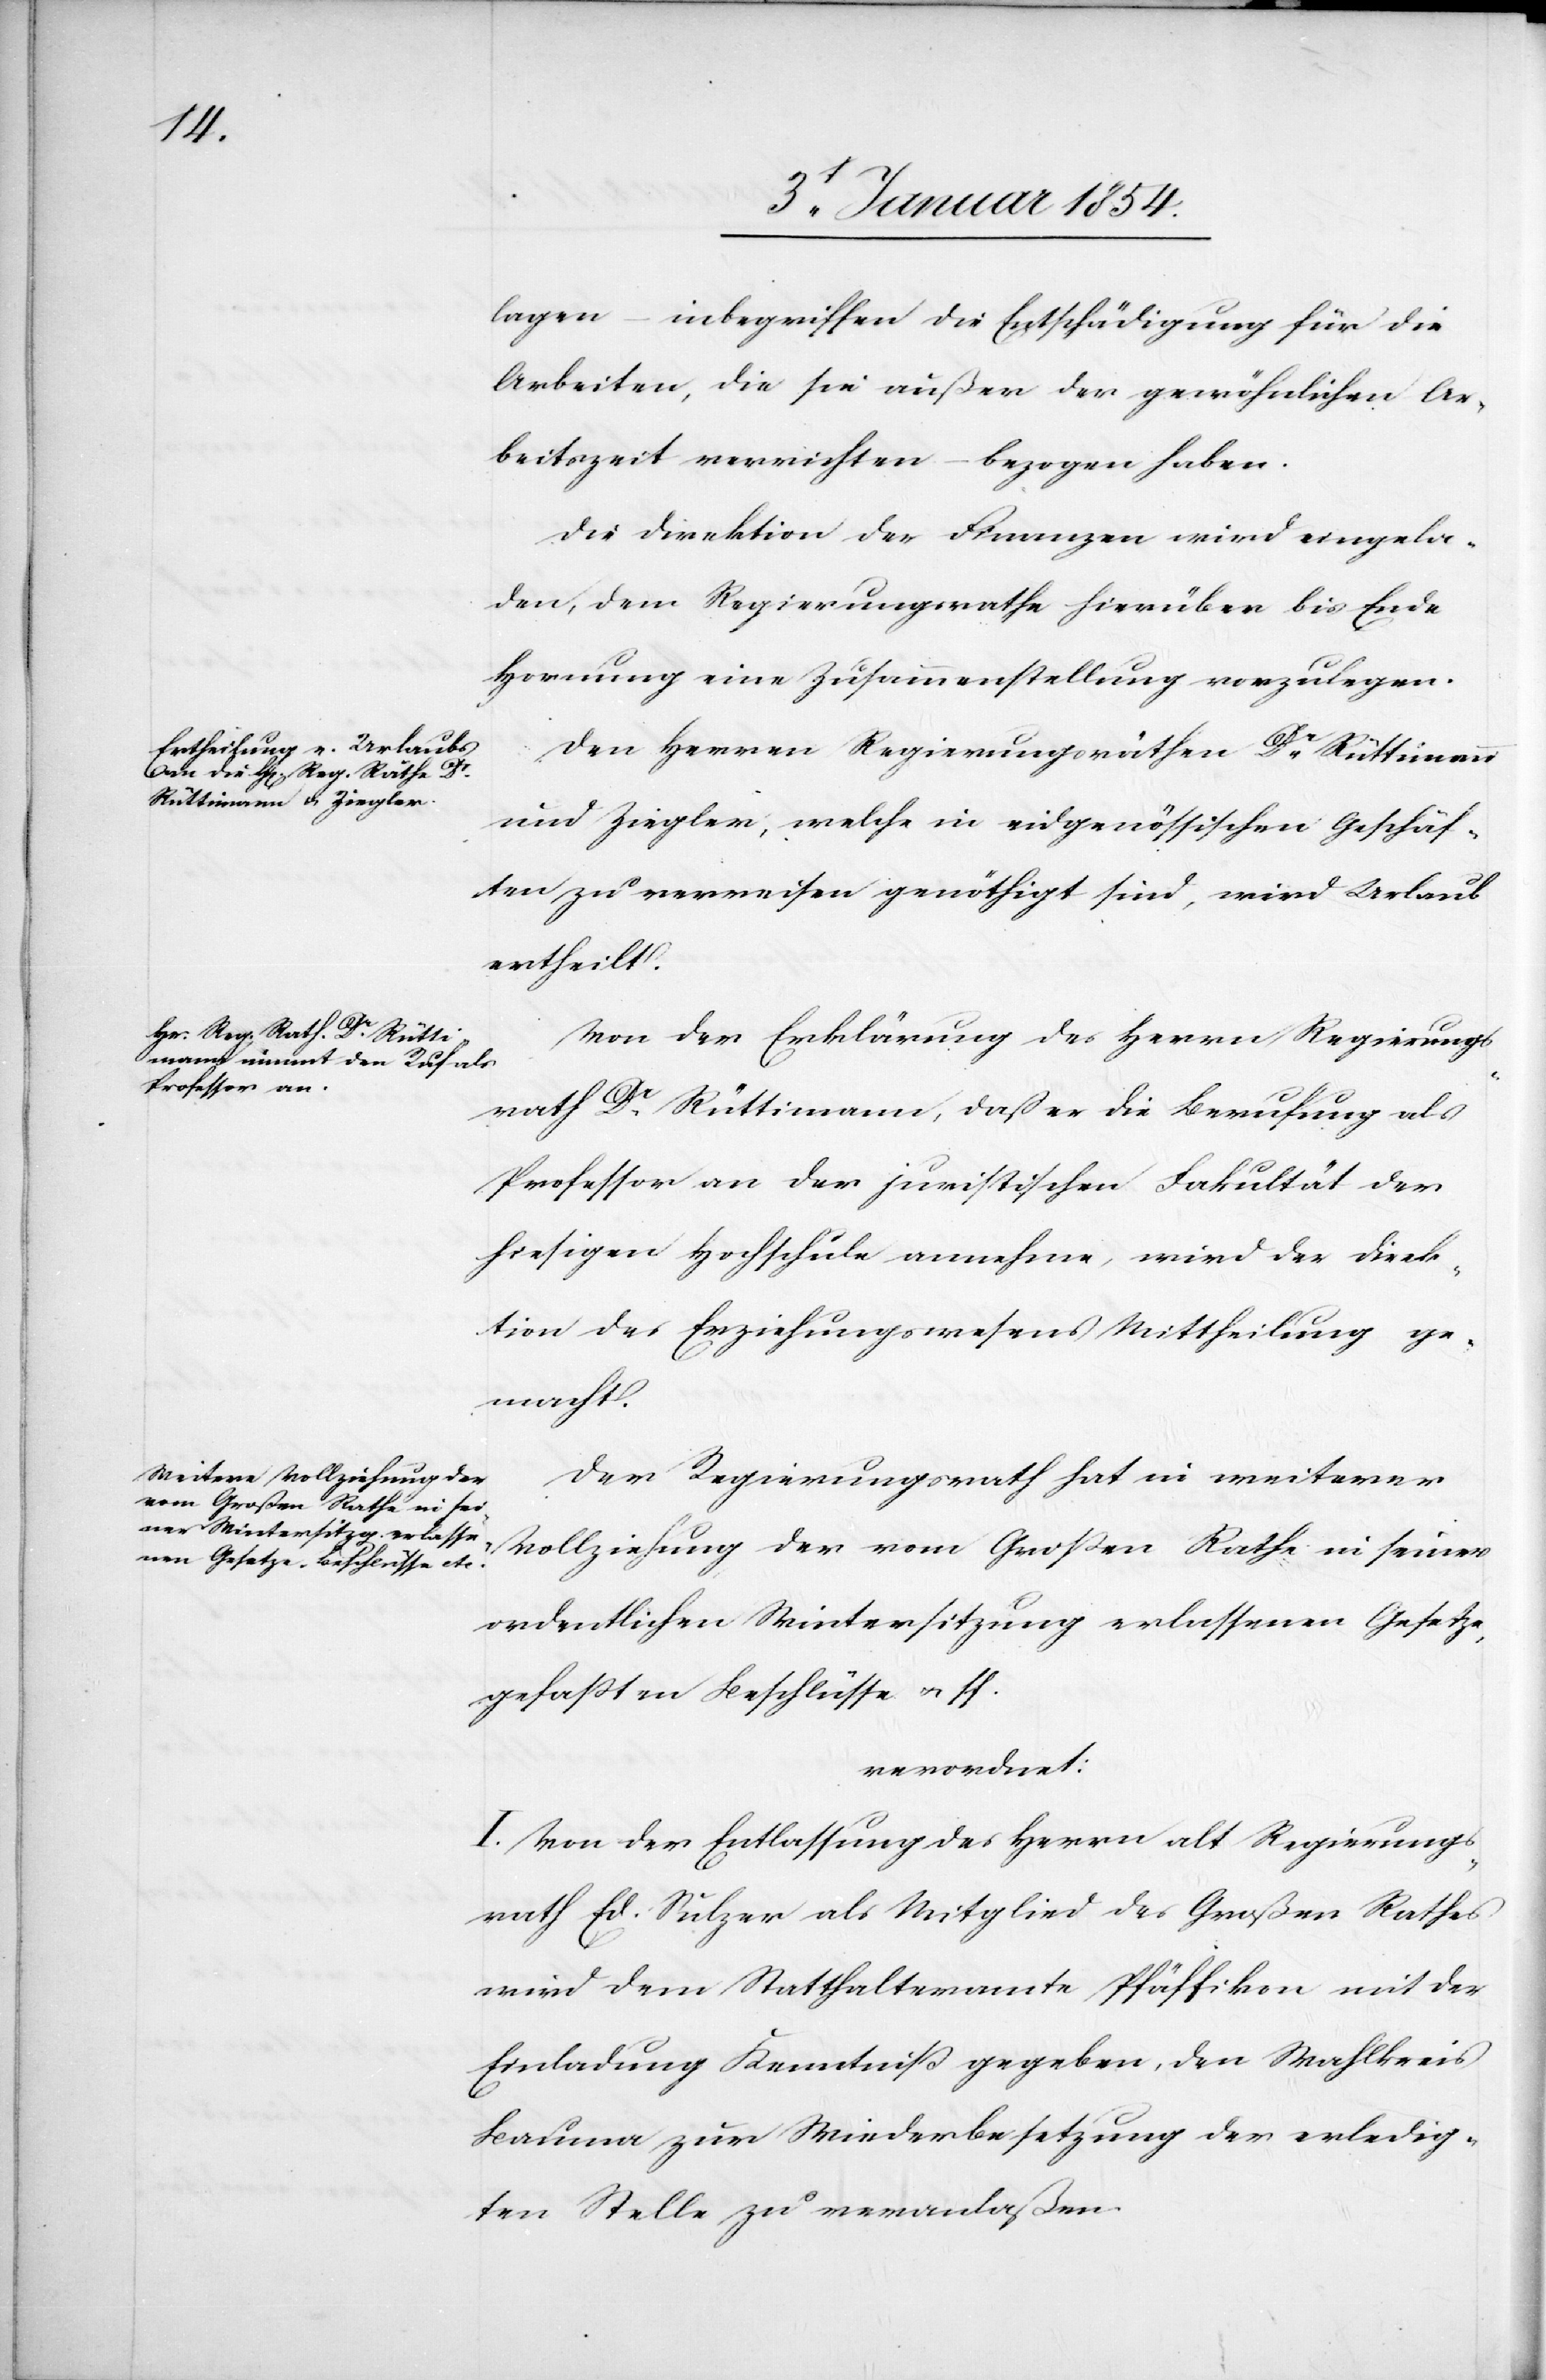
lagen – inbegriffen die Entschädigung für die
Arbeiten, die sie außer der gewöhnlichen Ar¬
beitszeit verrichten – bezogen haben.
Die Direktion der Finanzen wird eingela¬
den, dem Regierungsrathe hierüber bis Ende
Hornung eine Zusammenstellung vorzulegen.
Den Herren Regierungsräthen Dr. Rüttimann
und Ziegler, welche in eidgenössischen Geschäf¬
ten zu verreisen genöthigt sind, wird Urlaub
ertheilt.
Von der Erklärung des Herrn Regierungs¬
rath Dr. Rüttimann, daß er die Berufung als
Professor an der juristischen Fakultät der
hiesigen Hochschule annehme, wird der Direk¬
tion des Erziehungswesens Mittheilung ge¬
macht.
Der Regierungsrath hat in weiterer
Vollziehung der vom Großen Rath in seiner
ordentlichen Wintersitzung erlassenen Gesetze,
gefaßten Beschlüsse u. ff.
verordnet:
I. Von der Entlassung des Herrn alt Regierungs¬
rath Ed. Sulzer als Mitglied des Großen Rathes
wird dem Statthalteramte Pfäffikon mit der
Einladung Kenntniß gegeben, den Wahlkreis
Bauma zur Wiederbesetzung der erledig¬
ten Stelle zu veranlaßen.